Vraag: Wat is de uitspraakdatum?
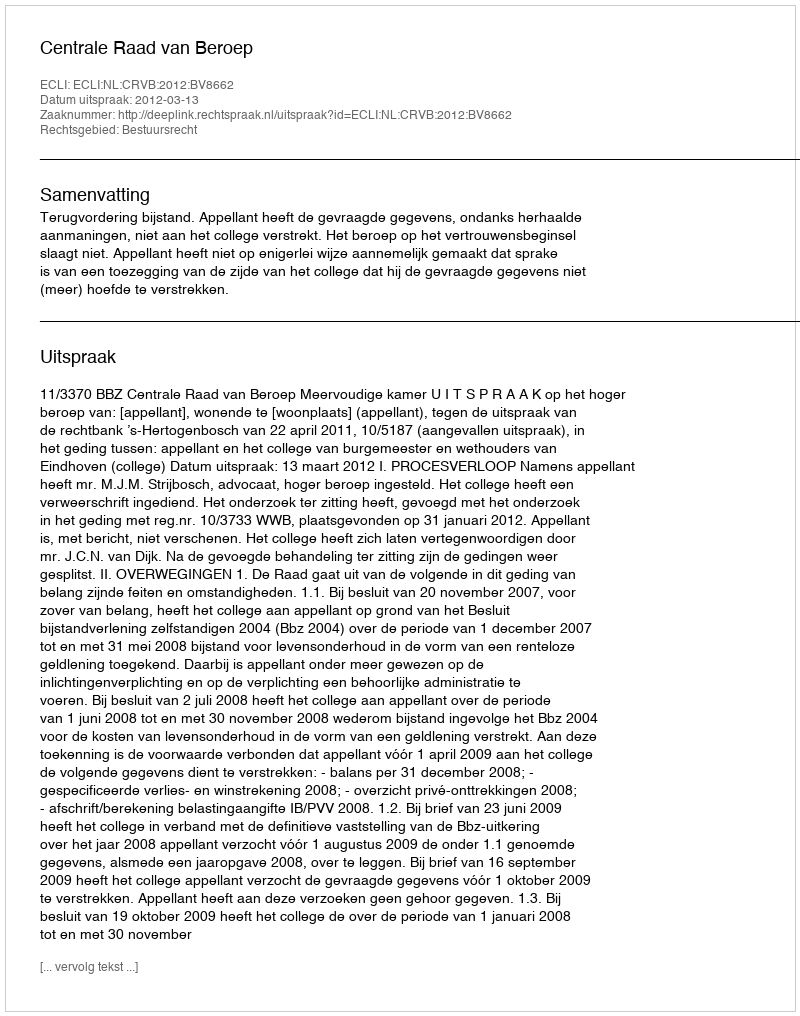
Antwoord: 2012-03-13